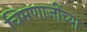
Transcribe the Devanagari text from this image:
चिमणाजींच्या